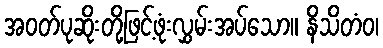
အဝတ်ပုဆိုးတို့ဖြင့်ဖုံးလွှမ်းအပ်သော။ နိသိတံဝ၊